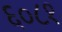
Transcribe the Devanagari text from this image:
६०८१